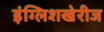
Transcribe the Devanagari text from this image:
इंग्लिशखेरीज